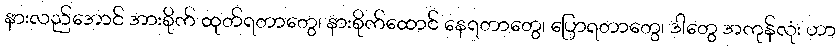
နားလည်အောင် အားစိုက် ထုတ်ရတာတွေ၊ နားစိုက်ထောင် နေရတာတွေ၊ ပြောရတာတွေ၊ ဒါတွေ အကုန်လုံး ဟာ